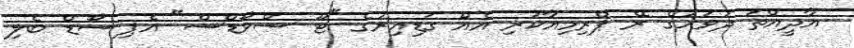
އާދީއްތަ ދުވަހުގެ ރޭ ޕްރިމިއާކުރި އެއް ގަޑިއިރުގެ "ޓޫ ސްވޯޑްސް" އެޕިސޯޑް ބެލި